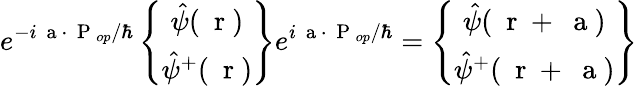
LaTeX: e^{-i\mathrm{~\mathbf~a~}\cdot\mathrm{~\mathbf~P~}_{op}/\hbar}\left\{ \begin{array}{c}{\hat{\psi}(\mathrm{~\mathbf~r~})}\\ {\hat{\psi}^{+}(\mathrm{~\mathbf~r~})}\end{array}\right\} e^{i\mathrm{~\mathbf~a~}\cdot\mathrm{~\mathbf~P~}_{op}/\hbar}=\left\{ \begin{array}{c}{\hat{\psi}(\mathrm{~\mathbf~r~}+\mathrm{~\mathbf~a~})}\\ {\hat{\psi}^{+}(\mathrm{~\mathbf~r~}+\mathrm{~\mathbf~a~})}\end{array}\right\}